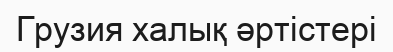
Грузия халық әртістері